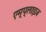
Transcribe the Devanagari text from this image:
एम्प्लाइज़